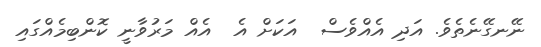
ނޭނގޭނެތެވެ. އަދި އެއްވެސް  އަކަށް އެ  އެއް މަރުވާނީ ކޮންބިމެއްގައި